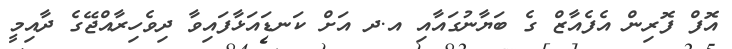
އޮފް ފޮރިން އެފެއާޒް ގެ ބަޔާނުގައާއި އ.ދ އަށް ކަނޑައަޅާފައިވާ ދިވެހިރާއްޖޭގެ ދާއިމީ